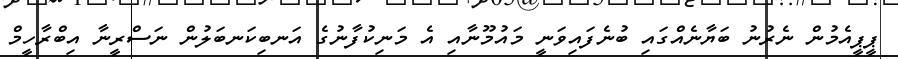
ޕީޕީއެމުން ނެރުނު ބަޔާނެއްގައި ބުނެފައިވަނީ މައުމޫނާއި އެ މަނިކުފާނުގެ އަނބިކަނބަލުން ނަސްރީނާ އިބްރާހީމް